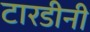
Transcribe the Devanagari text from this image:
टारडीनी